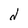
Character: d